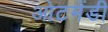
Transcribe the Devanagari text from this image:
ओटमेंडी